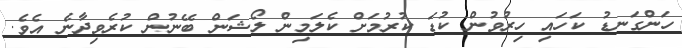
ހަންގަނޑު ކަހައި ހިރުވުން ކުޑަ ކުރުމަށް ކެލަމިން ލޯޝަން ބޭނުން ކުރެވިދާނެ އެވެ.